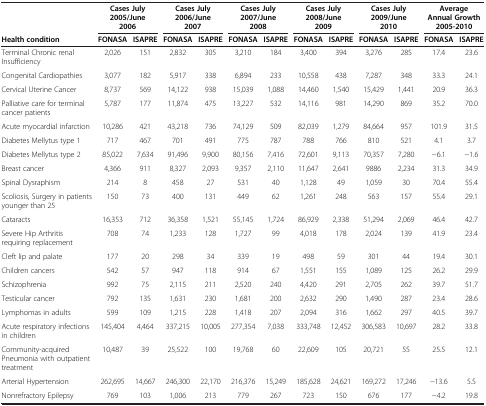
<table><thead><tr><td><b> </b></td><td colspan="2"><b>Cases July 2005/June 2006</b></td><td colspan="2"><b>Cases July 2006/June 2007</b></td><td colspan="2"><b>Cases July 2007/June 2008</b></td><td colspan="2"><b>Cases July 2008/June 2009</b></td><td colspan="2"><b>Cases July 2009/June 2010</b></td><td colspan="2"><b>Average Annual Growth 2005-2010</b></td></tr><tr><td><b>Health condition</b></td><td><b>FONASA</b></td><td><b>ISAPRE</b></td><td><b>FONASA</b></td><td><b>ISAPRE</b></td><td><b>FONASA</b></td><td><b>ISAPRE</b></td><td><b>FONASA</b></td><td><b>ISAPRE</b></td><td><b>FONASA</b></td><td><b>ISAPRE</b></td><td><b>FONASA</b></td><td><b>ISAPRE</b></td></tr></thead><tbody><tr><td>Terminal Chronic renal Insufficiency</td><td>2,026</td><td>151</td><td>2,832</td><td>305</td><td>3,210</td><td>184</td><td>3,400</td><td>394</td><td>3,276</td><td>285</td><td>17.4</td><td>23.6</td></tr><tr><td>Congenital Cardiopathies</td><td>3,077</td><td>182</td><td>5,917</td><td>338</td><td>6,894</td><td>233</td><td>10,558</td><td>438</td><td>7,287</td><td>348</td><td>33.3</td><td>24.1</td></tr><tr><td>Cervical Uterine Cancer</td><td>8,737</td><td>569</td><td>14,122</td><td>938</td><td>15,039</td><td>1,088</td><td>14,460</td><td>1,540</td><td>15,429</td><td>1,441</td><td>20.9</td><td>36.3</td></tr><tr><td>Palliative care for terminal cancer patients</td><td>5,787</td><td>177</td><td>11,874</td><td>475</td><td>13,227</td><td>532</td><td>14,116</td><td>981</td><td>14,290</td><td>869</td><td>35.2</td><td>70.0</td></tr><tr><td>Acute myocardial infarction</td><td>10,286</td><td>421</td><td>43,218</td><td>736</td><td>74,129</td><td>509</td><td>82,039</td><td>1,279</td><td>84,664</td><td>957</td><td>101.9</td><td>31.5</td></tr><tr><td>Diabetes Mellytus type 1</td><td>717</td><td>467</td><td>701</td><td>491</td><td>775</td><td>787</td><td>788</td><td>766</td><td>810</td><td>521</td><td>4.1</td><td>3.7</td></tr><tr><td>Diabetes Mellytus type 2</td><td>85,022</td><td>7,634</td><td>91,496</td><td>9,900</td><td>80,156</td><td>7,416</td><td>72,601</td><td>9,113</td><td>70,357</td><td>7,280</td><td>−6.1</td><td>−1.6</td></tr><tr><td>Breast cancer</td><td>4,366</td><td>911</td><td>8,327</td><td>2,093</td><td>9,357</td><td>2,110</td><td>11,647</td><td>2,641</td><td>9886</td><td>2,234</td><td>31.3</td><td>34.9</td></tr><tr><td>Spinal Dysraphism</td><td>214</td><td>8</td><td>458</td><td>27</td><td>531</td><td>40</td><td>1,128</td><td>49</td><td>1,059</td><td>30</td><td>70.4</td><td>55.4</td></tr><tr><td>Scoliosis, Surgery in patients younger than 25</td><td>150</td><td>73</td><td>400</td><td>131</td><td>449</td><td>62</td><td>1,261</td><td>248</td><td>563</td><td>157</td><td>55.4</td><td>29.1</td></tr><tr><td>Cataracts</td><td>16,353</td><td>712</td><td>36,358</td><td>1,521</td><td>55,145</td><td>1,724</td><td>86,929</td><td>2,338</td><td>51,294</td><td>2,069</td><td>46.4</td><td>42.7</td></tr><tr><td>Severe Hip Arthritis requiring replacement</td><td>708</td><td>74</td><td>1,233</td><td>128</td><td>1,727</td><td>99</td><td>4,018</td><td>178</td><td>2,024</td><td>139</td><td>41.9</td><td>23.4</td></tr><tr><td>Cleft lip and palate</td><td>177</td><td>20</td><td>298</td><td>34</td><td>339</td><td>19</td><td>498</td><td>59</td><td>301</td><td>44</td><td>19.4</td><td>30.1</td></tr><tr><td>Children cancers</td><td>542</td><td>57</td><td>947</td><td>118</td><td>914</td><td>67</td><td>1,551</td><td>155</td><td>1,089</td><td>125</td><td>26.2</td><td>29.9</td></tr><tr><td>Schizophrenia</td><td>992</td><td>75</td><td>2,115</td><td>211</td><td>2,520</td><td>240</td><td>4,420</td><td>291</td><td>2,705</td><td>262</td><td>39.7</td><td>51.7</td></tr><tr><td>Testicular cancer</td><td>792</td><td>135</td><td>1,631</td><td>230</td><td>1,681</td><td>200</td><td>2,632</td><td>290</td><td>1,490</td><td>287</td><td>23.4</td><td>28.6</td></tr><tr><td>Lymphomas in adults</td><td>599</td><td>109</td><td>1,215</td><td>228</td><td>1,418</td><td>207</td><td>2,094</td><td>316</td><td>1,662</td><td>297</td><td>40.5</td><td>39.7</td></tr><tr><td>Acute respiratory infections in children</td><td>145,404</td><td>4,464</td><td>337,215</td><td>10,005</td><td>277,354</td><td>7,038</td><td>333,748</td><td>12,452</td><td>306,583</td><td>10,697</td><td>28.2</td><td>33.8</td></tr><tr><td>Community-acquired Pneumonia with outpatient treatment</td><td>10,487</td><td>39</td><td>25,522</td><td>100</td><td>19,768</td><td>60</td><td>22,609</td><td>105</td><td>20,721</td><td>55</td><td>25.5</td><td>12.1</td></tr><tr><td>Arterial Hypertension</td><td>262,695</td><td>14,667</td><td>246,300</td><td>22,170</td><td>216,376</td><td>15,249</td><td>185,628</td><td>24,621</td><td>169,272</td><td>17,246</td><td>−13.6</td><td>5.5</td></tr><tr><td>Nonrefractory Epilepsy</td><td>769</td><td>103</td><td>1,006</td><td>213</td><td>779</td><td>267</td><td>723</td><td>150</td><td>676</td><td>177</td><td>−4.2</td><td>19.8</td></tr></tbody></table>